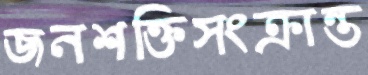
জনশক্তিসংক্রান্ত